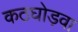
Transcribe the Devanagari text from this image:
कठघोड़वा